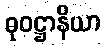
ဓုဝဋ္ဌာနိယာ